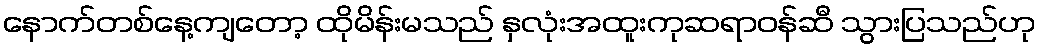
နောက်တစ်နေ့ကျတော့ ထိုမိန်းမသည် နှလုံးအထူးကုဆရာဝန်ဆီ သွားပြသည်ဟု